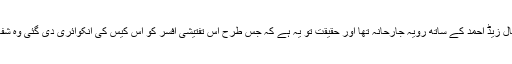
تفتیشی افسر مسٹر فتح کا تفتیش کے دوران اقبال زیڈ احمد کے ساتھ رویہ جارحانہ تھا اور حقیقت تو یہ ہے کہ جس طرح اس تفتیشی افسر کو اس کیس کی انکوائری دی گئی وہ شفاف ٹرائل کے اصولوں کے مکمل خلاف ہے ۔